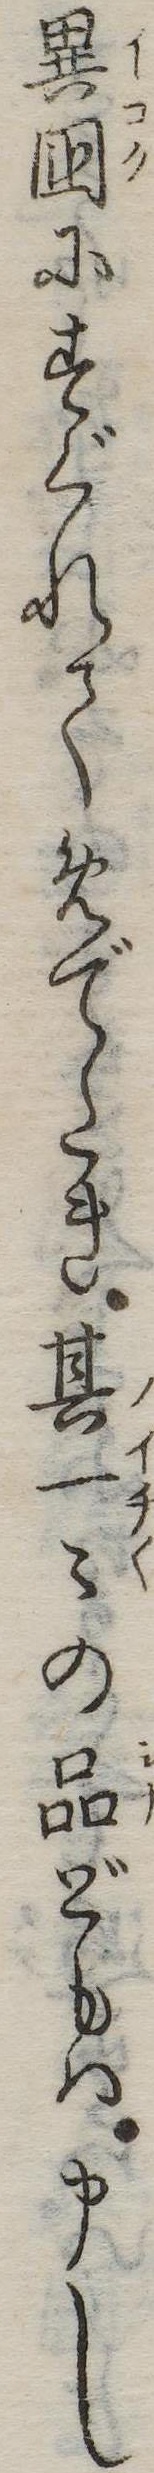
異国にすぐれてめでたき其一の品どもは申し